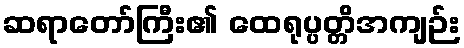
ဆရာတော်ကြီး၏ ထေရုပ္ပတ္တိအကျဉ်း